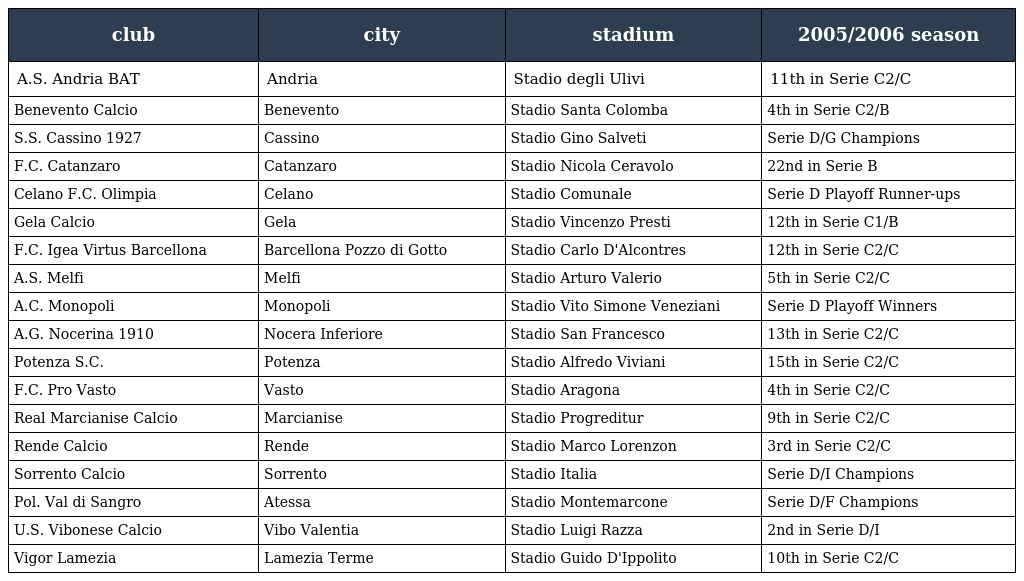
| club | city | stadium | 2005/2006 season |
 | --- | --- | --- | --- |
 | A.S. Andria BAT | Andria | Stadio degli Ulivi | 11th in Serie C2/C |
 | Benevento Calcio | Benevento | Stadio Santa Colomba | 4th in Serie C2/B |
 | S.S. Cassino 1927 | Cassino | Stadio Gino Salveti | Serie D/G Champions |
 | F.C. Catanzaro | Catanzaro | Stadio Nicola Ceravolo | 22nd in Serie B |
 | Celano F.C. Olimpia | Celano | Stadio Comunale | Serie D Playoff Runner-ups |
 | Gela Calcio | Gela | Stadio Vincenzo Presti | 12th in Serie C1/B |
 | F.C. Igea Virtus Barcellona | Barcellona Pozzo di Gotto | Stadio Carlo D'Alcontres | 12th in Serie C2/C |
 | A.S. Melfi | Melfi | Stadio Arturo Valerio | 5th in Serie C2/C |
 | A.C. Monopoli | Monopoli | Stadio Vito Simone Veneziani | Serie D Playoff Winners |
 | A.G. Nocerina 1910 | Nocera Inferiore | Stadio San Francesco | 13th in Serie C2/C |
 | Potenza S.C. | Potenza | Stadio Alfredo Viviani | 15th in Serie C2/C |
 | F.C. Pro Vasto | Vasto | Stadio Aragona | 4th in Serie C2/C |
 | Real Marcianise Calcio | Marcianise | Stadio Progreditur | 9th in Serie C2/C |
 | Rende Calcio | Rende | Stadio Marco Lorenzon | 3rd in Serie C2/C |
 | Sorrento Calcio | Sorrento | Stadio Italia | Serie D/I Champions |
 | Pol. Val di Sangro | Atessa | Stadio Montemarcone | Serie D/F Champions |
 | U.S. Vibonese Calcio | Vibo Valentia | Stadio Luigi Razza | 2nd in Serie D/I |
 | Vigor Lamezia | Lamezia Terme | Stadio Guido D'Ippolito | 10th in Serie C2/C |